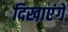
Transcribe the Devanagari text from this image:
दिखाएंगे